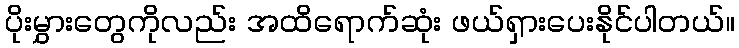
ပိုးမွှားတွေကိုလည်း အထိရောက်ဆုံး ဖယ်ရှားပေးနိုင်ပါတယ်။